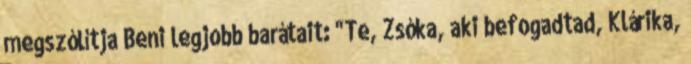
megszólítja Beni legjobb barátait: "Te, Zsóka, aki befogadtad, Klárika,